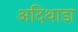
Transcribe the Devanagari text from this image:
अदिथाडा